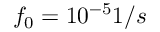
f _ { 0 } = 1 0 ^ { - 5 } 1 / s